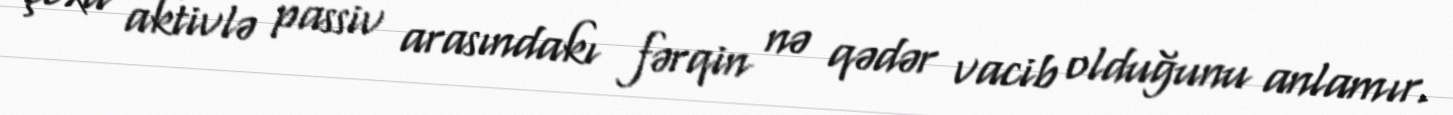
çoxu aktivlə passiv arasındakı fərqin nə qədər vacib olduğunu anlamır.